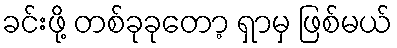
ခင်းဖို့ တစ်ခုခုတော့ ရှာမှ ဖြစ်မယ်